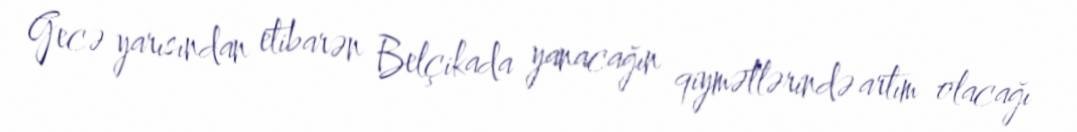
Gecə yarısından etibarən Belçikada yanacağın qiymətlərində artım olacağı